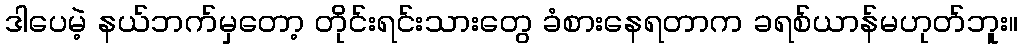
ဒါပေမဲ့ နယ်ဘက်မှတော့ တိုင်းရင်းသားတွေ ခံစားနေရတာက ခရစ်ယာန်မဟုတ်ဘူး။